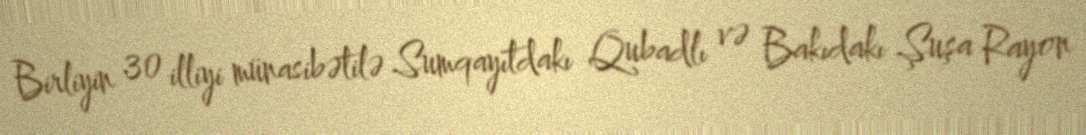
Birliyin 30 illiyi münasibətilə Sumqayıtdakı Qubadlı və Bakıdakı Şuşa Rayon